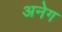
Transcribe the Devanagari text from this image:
अनेग